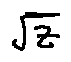
\sqrt { z }